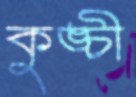
কুঙ্চী